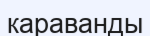
караванды